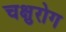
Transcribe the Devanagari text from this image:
चक्षुरोग